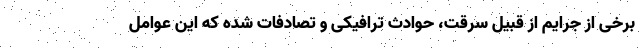
برخی از جرایم از قبیل سرقت، حوادث ترافیکی و تصادفات شده که این عوامل